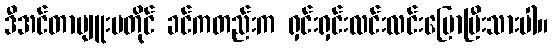
ဒီအင်တာဗျူးမတိုင် ခင်ကတည်းက ရှင်းရှင်းလင်းလင်းပြောပြီးသားပါ။